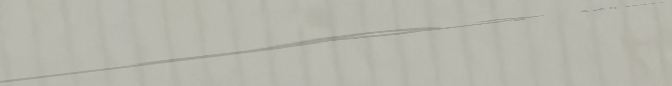
خدمة توصيل الطلبات إلى جم